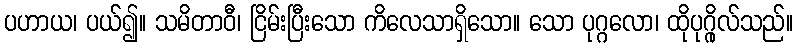
ပဟာယ၊ ပယ်၍။ သမိတာဝီ၊ ငြိမ်းပြီးသော ကိလေသာရှိသော။ သော ပုဂ္ဂလော၊ ထိုပုဂ္ဂိုလ်သည်။